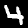
Digit: 4